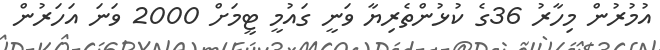
އުމުރުން މިހާރު 36ގެ ކުޅުންތެރިޔާ ވަނީ ގައުމީ ޓީމަށް 2000 ވަނަ އަހަރުން